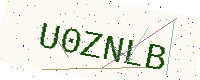
Text: U0ZNLB